Leaving Certificate Examination, 1905
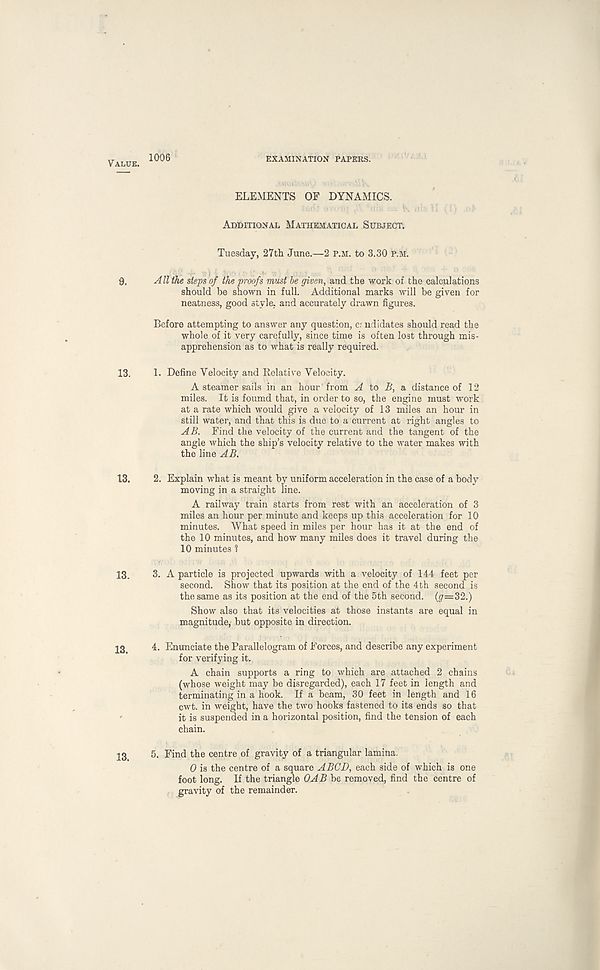
Value. 1006
EXAMINATION PAPERS.
ELEMENTS OF DYNAMICS.
Additional Mathematical Subject.
Tuesday, 27th June.—2 p.m. to 3.30 P.M.
9, A ll the steps of the proofs must be given, and the work of the calculations
should he shown in full. Additional marks will be given for
neatness, good style, and accurately drawn figures.
Before attempting to answer any question, or ndidates should read the
whole of it very carefully, since time is often lost through mis-
apprehension as to what is really required.
13. 1. Define Velocity and Relative Velocity.
A steamer sails in an hour' from A to £, a distance of 12
miles. It is foumd that, in order to so, the engine must work
at a rate which would give a velocity of 13 miles an hour in
still water, and that this is due to a current at right angles to
AB. Find the velocity of the current and the tangent of the
angle which the ship’s velocity relative to the water makes with
the line AB.
13. 2. Explain what is meant by uniform acceleration in the case of a body
moving in a straight line.
A railway train starts from rest with an acceleration of 3
miles an hour per minute and keeps up this acceleration for 10
minutes. What speed in miles per hour has it at the end of
the 10 minutes, and how many miles does it travel during the
10 minutes 1
13. 3. A particle is projected upwards with a velocity of 144 feet per
second. Show that its position at the end of the 4th second is
the same as its position at the end of the 5th second. (<7=32.)
Show also that its velocities at those instants are equal in
magnitude,- but opposite in direction.
23 4. Enunciate the Parallelogram of Forces, and describe any experiment
for verifying it.
A chain supports a ring to which are attached 2 chains
(whose weight may be disregarded), each 17 feet in length and
terminating in a hook. If a beam, 30 feet in length and 16
cwt. in weight, have the two hooks fastened to its ends so that
it is suspended in a horizontal position, find the tension of each
chain.
23 5. Find the centre of gravity of a triangular lamina.
0 is the centre of a square ABCD, each side of which is one
foot long. If the triangle 0AB be removed, find the centre of
gravity of the remainder.